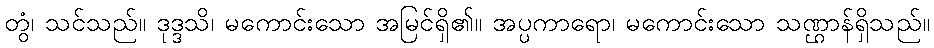
တွံ၊ သင်သည်။ ဒုဒ္ဒသိ၊ မကောင်းသော အမြင်ရှိ၏။ အပ္ပကာရော၊ မကောင်းသော သဏ္ဌာန်ရှိသည်။